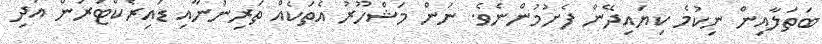
ބަތަލާއިން ނިކުމެ ކިޔައިދޭން ފެށުމުންނެވެ. ނަން މަޝްހޫރު އެތަކެއް ތަރިންނާއި ޑައިރެކްޓަރުން އަދި